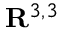
\mathbf { R } ^ { 3 , 3 }